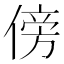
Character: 傍